Lunatic asylums Punjab 1911-1921 - 1911-1921
Year: 1911
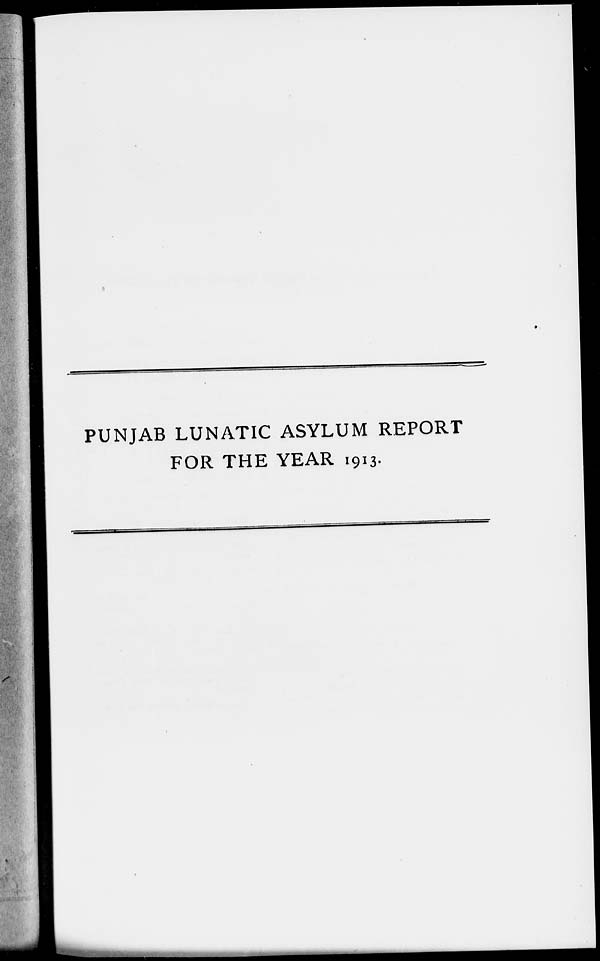
PUNJAB LUNATIC ASYLUM REPORT
FOR THE YEAR 1913.